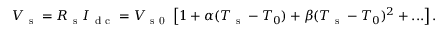
V _ { \mathrm { ~ s ~ } } = R _ { \mathrm { ~ s ~ } } I _ { \mathrm { ~ d ~ c ~ } } = V _ { \mathrm { ~ s ~ 0 ~ } } \left[ 1 + \alpha ( T _ { \mathrm { ~ s ~ } } - T _ { 0 } ) + \beta ( T _ { \mathrm { ~ s ~ } } - T _ { 0 } ) ^ { 2 } + . . . \right] { . }